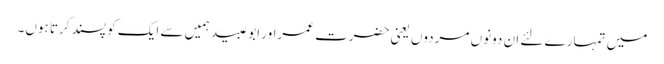
میں تمہارے لئے ان دونوں مردوں یعنی حضرت عمراور ابو عبید ہمیں سے ایک کو پسند کرتا ہوں۔